Cholera in southern India
Disease focus: Cholera
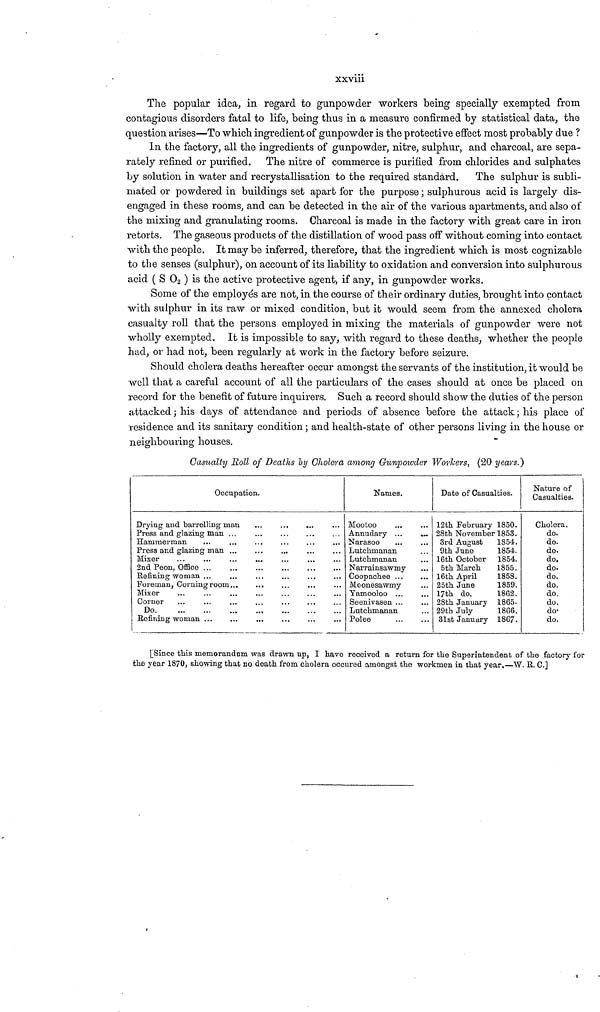
xxviii
The popular idea, in regard to gunpowder workers being specially exempted from
contagious disorders fatal to life, being thus in a measure confirmed by statistical data, the
question arises—To which ingredient of gunpowder is the protective effect most probably due ?
In the factory, all the ingredients of gunpowder, nitre, sulphur, and charcoal, are sepa-
rately refined or purified. The nitre of commerce is purified from chlorides and sulphates
by solution in water and recrystallisation to the required standard. The sulphur is subli-
mated or powdered in buildings set apart for the purpose ; sulphurous acid is largely dis-
engaged in these rooms, and can be detected in the air of the various apartments, and also of
the mixing and granulating rooms. Charcoal is made in the factory with great care in iron
retorts. The gaseous products of the distillation of wood pass off without coming into contact
with the people. It may be inferred, therefore, that the ingredient which is most cognizable
to the senses (sulphur), on account of its liability to oxidation and conversion into sulphurous
acid ( S O 2 ) is the active protective agent, if any, in gunpowder works.
Some of the employés are not, in the course of their ordinary duties, brought into contact
with sulphur in its raw or mixed condition, but it would seem from the annexed cholera
casualty roll that the persons employed in mixing the materials of gunpowder were not
wholly exempted. It is impossible to say, with regard to these deaths, whether the people
had, or had not, been regularly at work in the factory before seizure.
Should cholera deaths hereafter occur amongst the servants of the institution, it would be
well that a careful account of all the particulars of the cases should at once be placed on
record for the benefit of future inquirers. Such a record should show the duties of the person
attacked ; his days of attendance and periods of absence before the attack ; his place of
residence and its sanitary condition ; and health-state of other persons living in the house or
neighbouring houses.
Casualty Roll of Deaths by Cholera among Gunpowder Workers, (20 years.)
Occupation.
Drying and barrelling man
Press and glazing man ...
Hammerman
Press and glazing man ...
Miser
2nd Peon, Office
Refining woman ...
Foreman, Corning room...
Mixer
Corner
Do
Refining woman ...
Names.
Mootoo
Annudary ...
...
Narasoo
Lutchinanan
Lutchmanan
Narrainsawmy
Coopachee ...
Moonesawmy
Yamooloo ...
Seenivasen ...
Lutchmanan
Polee
Date of Casualties.
12th February 1850.
28th November 1853.
3rd August 1854.
9th June
1854.
16th October 1854.
5th March
1855.
16th April
1858.
25th June
1859.
17th do,
1862.
28th January 1865.
29th July
1866.
31st January 1867.
Nature of
Casualties.
Cholera.
do.
do.
do.
do.
do.
do.
do.
do.
do.
do·
do.
[Since this memorandum was drawn up, I have received a return for the Superintendent of the factory for
the year 1870, showing that no death from cholera occured amongst the workmen in that year,—W. R. C.]